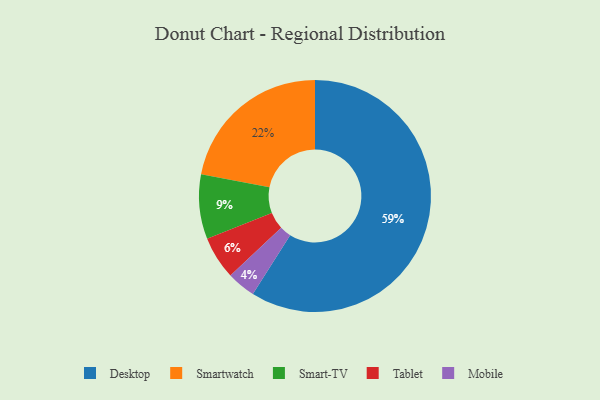
{"axis": {"x": "Category", "y": "Percentage"}, "legend": ["Desktop", "Mobile", "Smart-TV", "Smartwatch", "Tablet"], "data": [{"x": "Desktop", "y": 59, "type": "Desktop"}, {"x": "Mobile", "y": 4, "type": "Mobile"}, {"x": "Tablet", "y": 6, "type": "Tablet"}, {"x": "Smart-TV", "y": 9, "type": "Smart-TV"}, {"x": "Smartwatch", "y": 22, "type": "Smartwatch"}]}